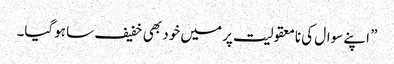
” اپنے سوال کی نامعقولیت پر میں خود بھی خفیف سا ہوگیا۔